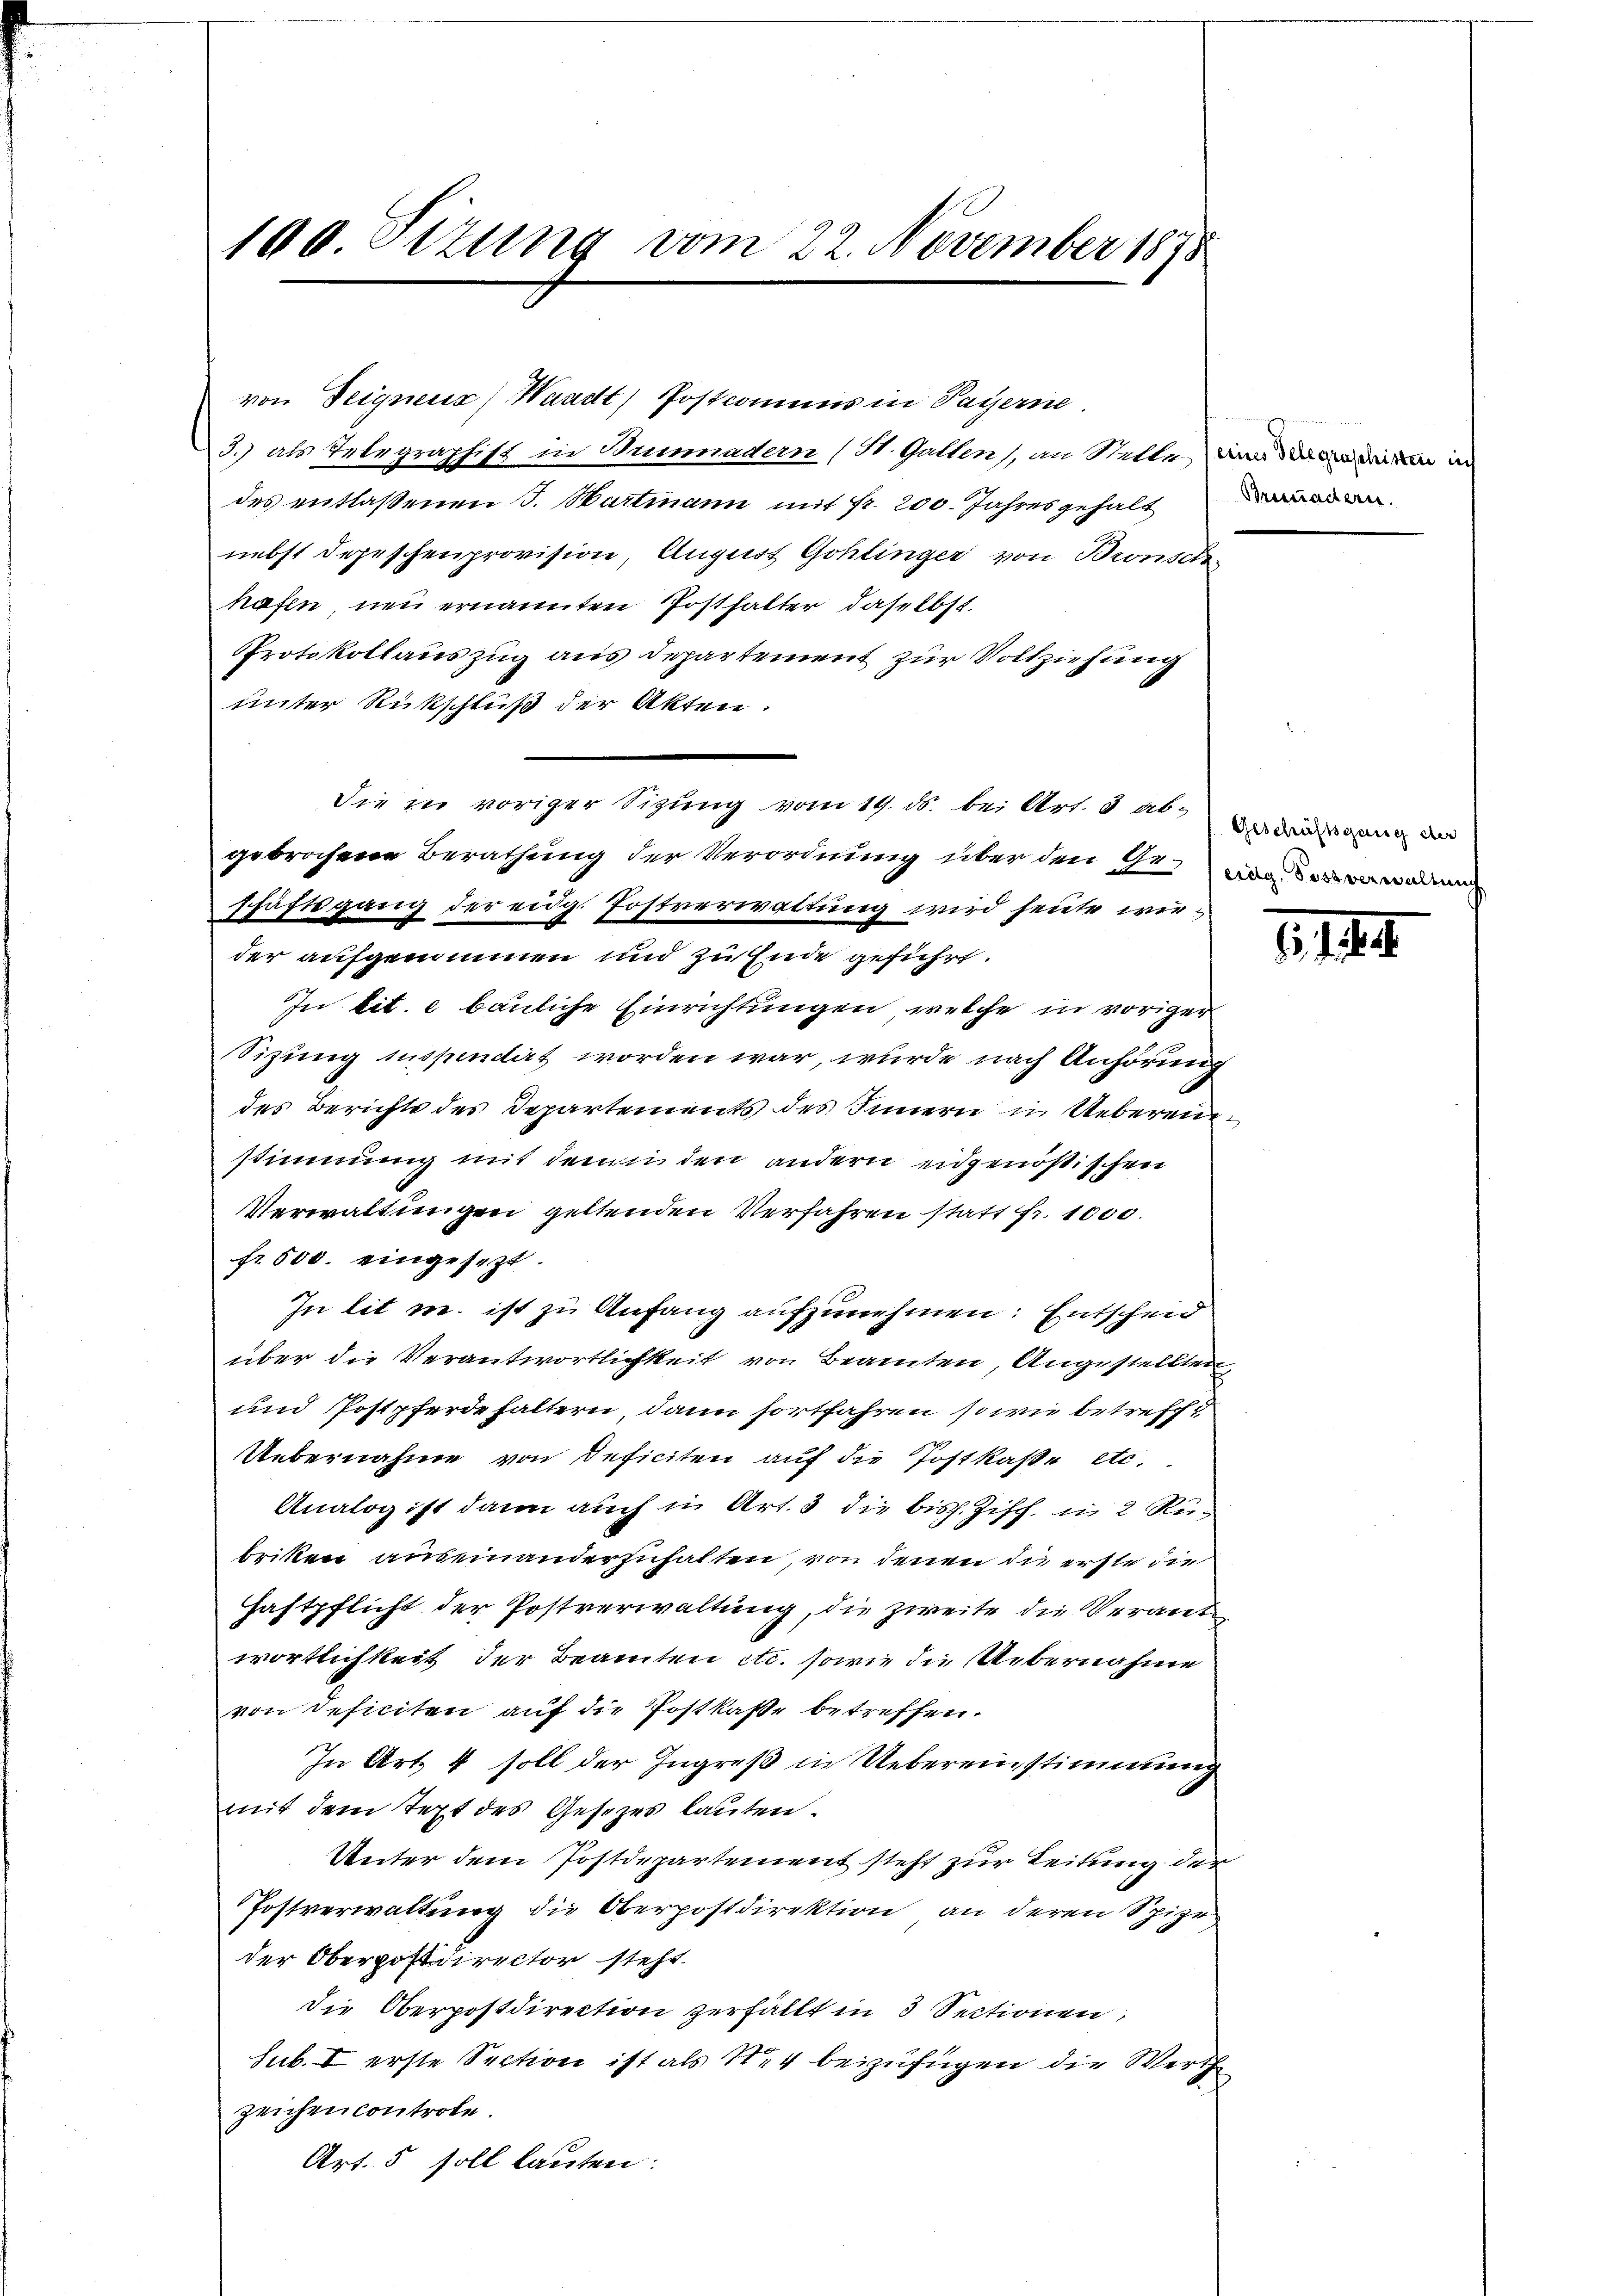
190. Sizung vom 22. November 1875

von Seignenz) Waadt) Postcommis in Payerne.
3.) als Telegraphist in Bunadern (St. Gallen, an Stelle, da die an die in
des entlassenen J. Hartmann mit fr. 200. Jahresgehaltene
nebst Depeschenprovision, August Gohlinger von Bronsch
hafen, neu ernannten Posthalter daselbst.
Protokollauszug aus Departement zur Vollziehung
unter Rückschluß der Akten.
gebrochene Berathung der Verordnung über den Grade war
schäftsgang der eidg. Postverwaltung wird heute wieder aufgenommen und zu Ende geführt.
In tit. e bauliche Einrichtungen, welche in voriger
Sizung suspendet worden war, wurde nach Anhörung
des Berichts des Departements des Innern in Uebereinstimmung mit dem in den andern eidgenößischen
Verwaltungen geltenden Verfahren statt fr. 1000.
fr. 500. eingesezt.
In lit u. ist zu Anfang aufzunehmen: Entscheid
über die Verantwortlichkeit von Beamten, Angestellten,
und Postpferdehaltern, dann fortfahren, sowie betreffe
Uebernahme von Deficiten auf die Postkasse etc.
Analog ist dann auch in Art. 3 die bisch. Ziff. in 2 Rübriken auseinanderzuhalten, von denen die erste die
Haftpflicht der Postverwaltung, die zweite die Verant
wortlichkeit, der Beamten etc. sowie die Uebernahme
von Deficiten auf die Postkaste betreffen.
In Art. 4 soll der Ingreß in Uebereinstimmung
mit dem Text des Gesezes lauten.
Unter dem Postdepartement steht zur Leitung der
Postverwaltung die Oberpostdirektion an deren Spize
der Oberpostdirector steht.
Die Oberpostdirection zerfällt in 3 Sectionen,
sub. I erste Section ist als Nr 4 beizufügen die Werthe
zeichen controle.
Art. 5 soll lauten:

die in voriger Sitzung vom 19. ds. bei Art. 3 ab¬

Geschäftsgang der

.1